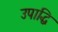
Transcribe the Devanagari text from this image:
उपाद्धि